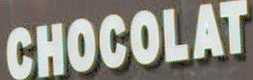
CHOCOLAT